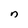
Character: n